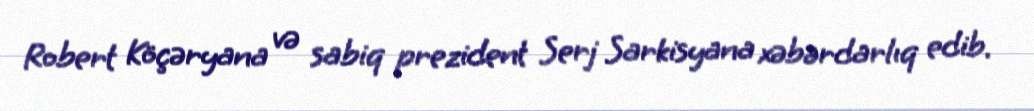
Robert Köçəryana və sabiq prezident Serj Sarkisyana xəbərdarlıq edib.